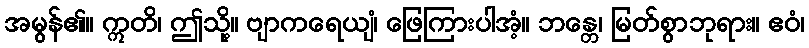
အမွန်၏။ ဣတိ၊ ဤသို့။ ဗျာကရေယျံ၊ ဖြေကြားပါအံ့။ ဘန္တေ၊ မြတ်စွာဘုရား။ ဧဝံ၊